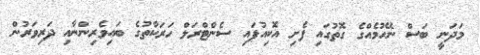
މަދަނީ ބަސް ނޭހުމެއްގެ ގޮތުގައި ފެށި އޮކިއުޕައި ސެންޓްރަލް ހަރަކާތުގެ ބައިވެރިންނާއި ދަރިވަރުން